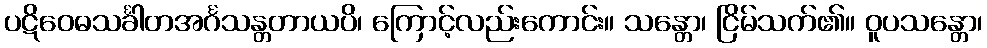
ပဋိဝေဓသင်္ခါတအင်္ဂသန္တတာယပိ၊ ကြောင့်လည်းကောင်း။ သန္တော၊ ငြိမ်သက်၏။ ဝူပသန္တော၊